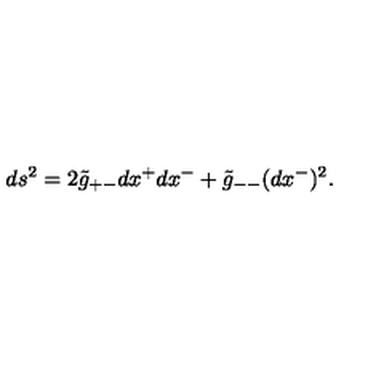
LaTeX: d s ^ { 2 } = 2 \tilde { g } _ { + - } d x ^ { + } d x ^ { - } + \tilde { g } _ { -- } ( d x ^ { - } ) ^ { 2 } .